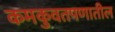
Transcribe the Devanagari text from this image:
कमकुवतपणातील